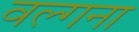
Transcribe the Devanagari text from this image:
वल्गना